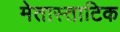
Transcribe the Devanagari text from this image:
मेतास्ताटिक